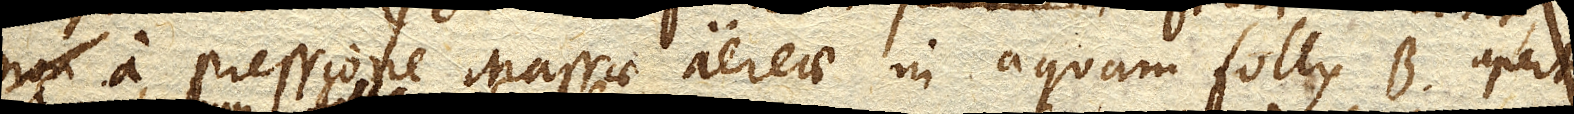
a pressione Massae aereae in aquam follis B. aperti